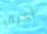
أعرف